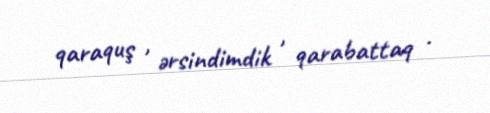
qaraquş , ərsindimdik , qarabattaq .